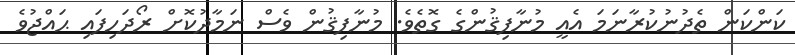
ކަންކަން ތެދުނުކުރާނަމަ އެއީ މުނާފިޤުންގެ ގޮތެވެ. މުނާފިޤުން ވެސް ނަމާދުކޮށް ރޯދަހިފައި ޙައްޖުވެ